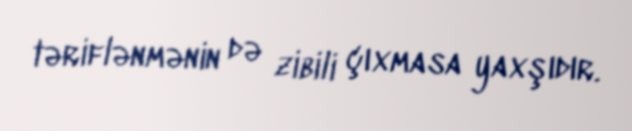
təriflənmənin də zibili çıxmasa yaxşıdır.